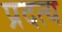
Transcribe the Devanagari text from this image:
प्रदत्य